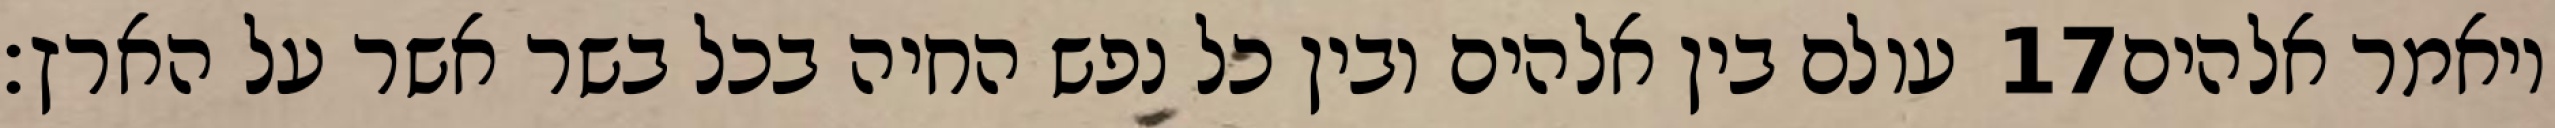
עולם בין אלהים ובין כל נפש החיה בכל בשר אשר על הארץ׃ ‎17‏ ויאמר אלהים